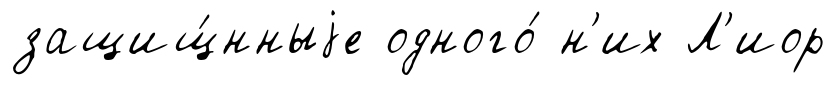
защищ́нныjе одного́ н'их Л'иор